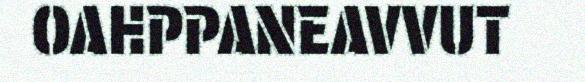
OAHPPANEAVVUT